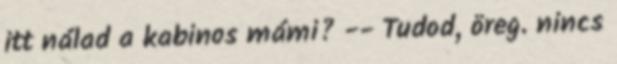
itt nálad a kabinos mámi? -- Tudod, öreg. nincs